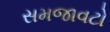
સમજાવટો